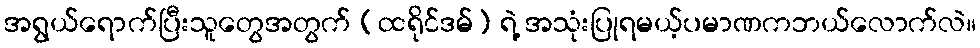
အရွယ်ရောက်ပြီးသူတွေအတွက် (ထရိုင်ဒမ်) ရဲ့ အသုံးပြုရမယ့်ပမာဏကဘယ်လောက်လဲ။